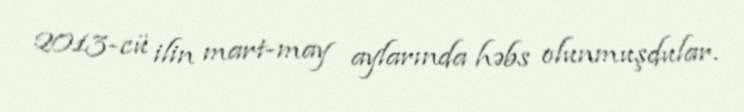
2013-cü ilin mart-may aylarında həbs olunmuşdular.